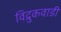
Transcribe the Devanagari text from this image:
विद्रुकवाडी